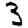
Digit: 3